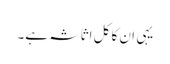
یہی ان کا کل اثاثہ ہے۔